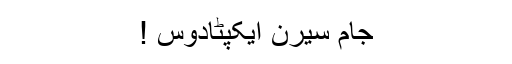
جام سیرن ایکپٹادوس !